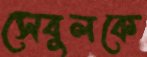
সেবুলকে